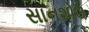
સાનશોઉ